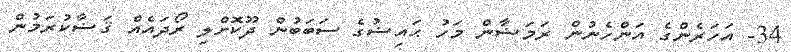
34- އަހަރެންގެ އަންހެނުން ރަމަޟާން މަހު ޙައިޟުގެ ސަބަބުން ދޫކޮށްލި ރޯދައެއް ޤަޟާކުރަމުން